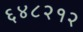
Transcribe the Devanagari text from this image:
६४८२१२